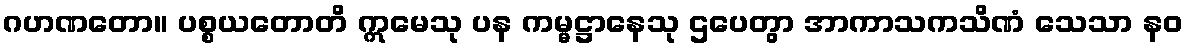
ဂဟဏတော။ ပစ္စယတောတိ ဣမေသု ပန ကမ္မဋ္ဌာနေသု ဌပေတွာ အာကာသကသိဏံ သေသာ နဝ